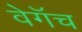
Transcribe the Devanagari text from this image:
वेगॅच